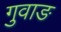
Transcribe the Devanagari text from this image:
गुवाङ